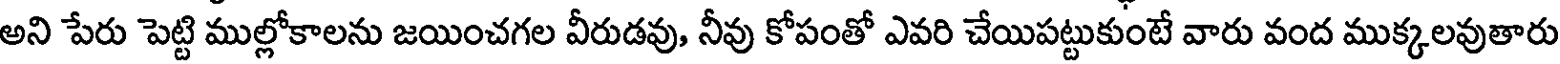
అని పేరు పెట్టి ముల్లోకాలను జయించగల వీరుడవు, నీవు కోపంతో ఎవరి చేయిపట్టుకుంటే వారు వంద ముక్కలవుతారు